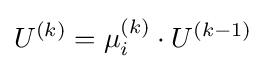
U^{(k)}=\mu _{i}^{(k)}\cdot U^{(k-1)}